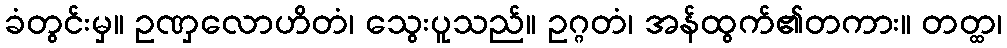
ခံတွင်းမှ။ ဥဏှလောဟိတံ၊ သွေးပူသည်။ ဥဂ္ဂတံ၊ အန်ထွက်၏တကား။ တတ္ထ၊